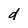
Character: d